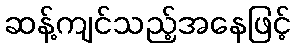
ဆန့်ကျင်သည့်အနေဖြင့်